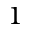
_ 1